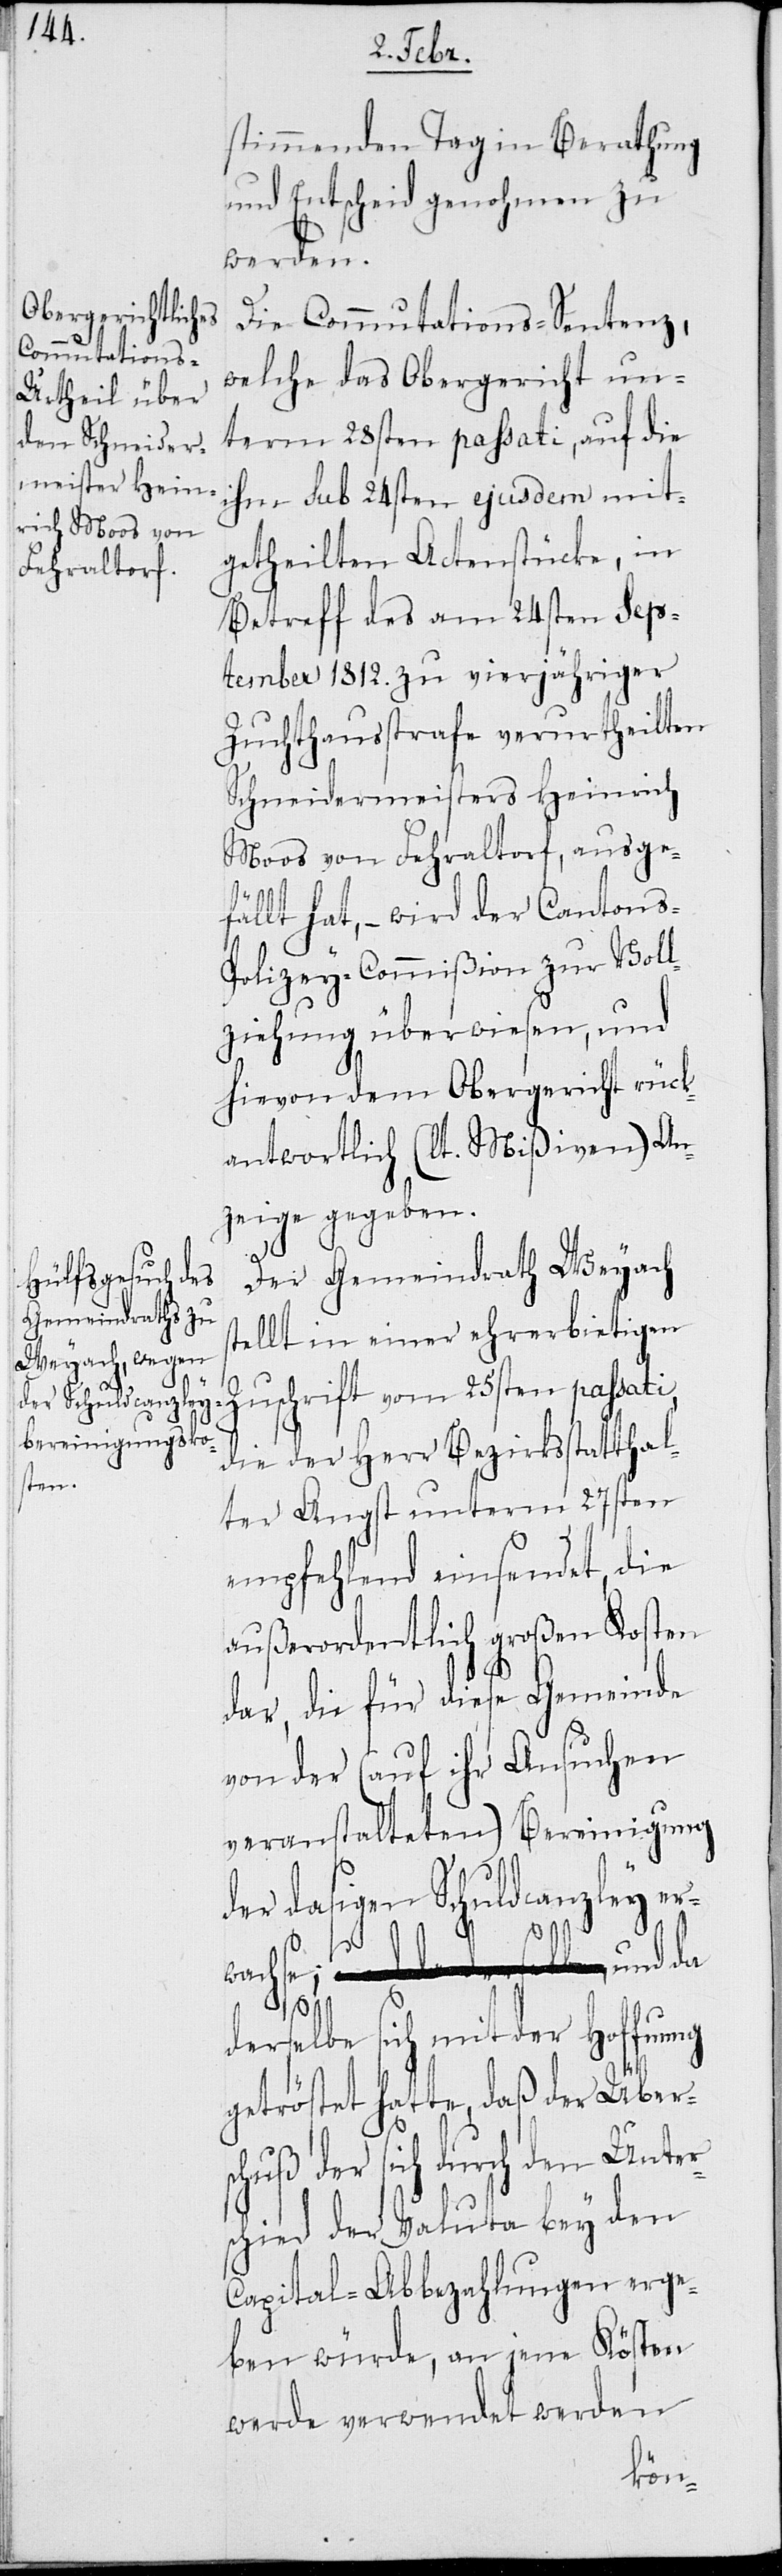
stimmenden Tag in Berathung
und Entscheid genohmen zu
werden.
Die Commutations-Sentenz,
welche das Obergericht un¬
term 28sten passati, auf die
ihm sub 24sten ejusdem mit¬
getheilten Actenstücke, in
Betreff des am 24sten Sep¬
tember 1812. zu vierjähriger
Zuchthausstrafe verurtheilten
Schneidermeisters Heinrich
Moos von Fehraltorf, ausge¬
fällt hat, – wird der Cantons-P¬
olizey-Commißion zur Voll¬
ziehung überwiesen, und
hievon dem Obergericht rück¬
antwortlich (lt. Mißiven) An¬
zeige gegeben.
i,
Der Gemeindrath Weyach
tellt in einer ehrerbietigen
Zuschrift vom 25sten passat¬
die der Herr Bezirksstatthal¬
ter Angst unterm 27sten
empfehlend einsendet, die
außerordentlich großen Kosten
dar, die für diese Gemeinde
von der (auf ihr Ansuchen
veranstalteten) Bereinigung
der dasigen Schuldcanzley er¬
wachse, und da
s¬
derselbe sich mit der Hoffnung
getröstet hatte, daß der Übers¬
chuß der sich durch den Unter¬
schied der Valuta bey den
Capital-Abbezahlungen erge¬
ben würde, an jene Kösten
werde verwendet werden